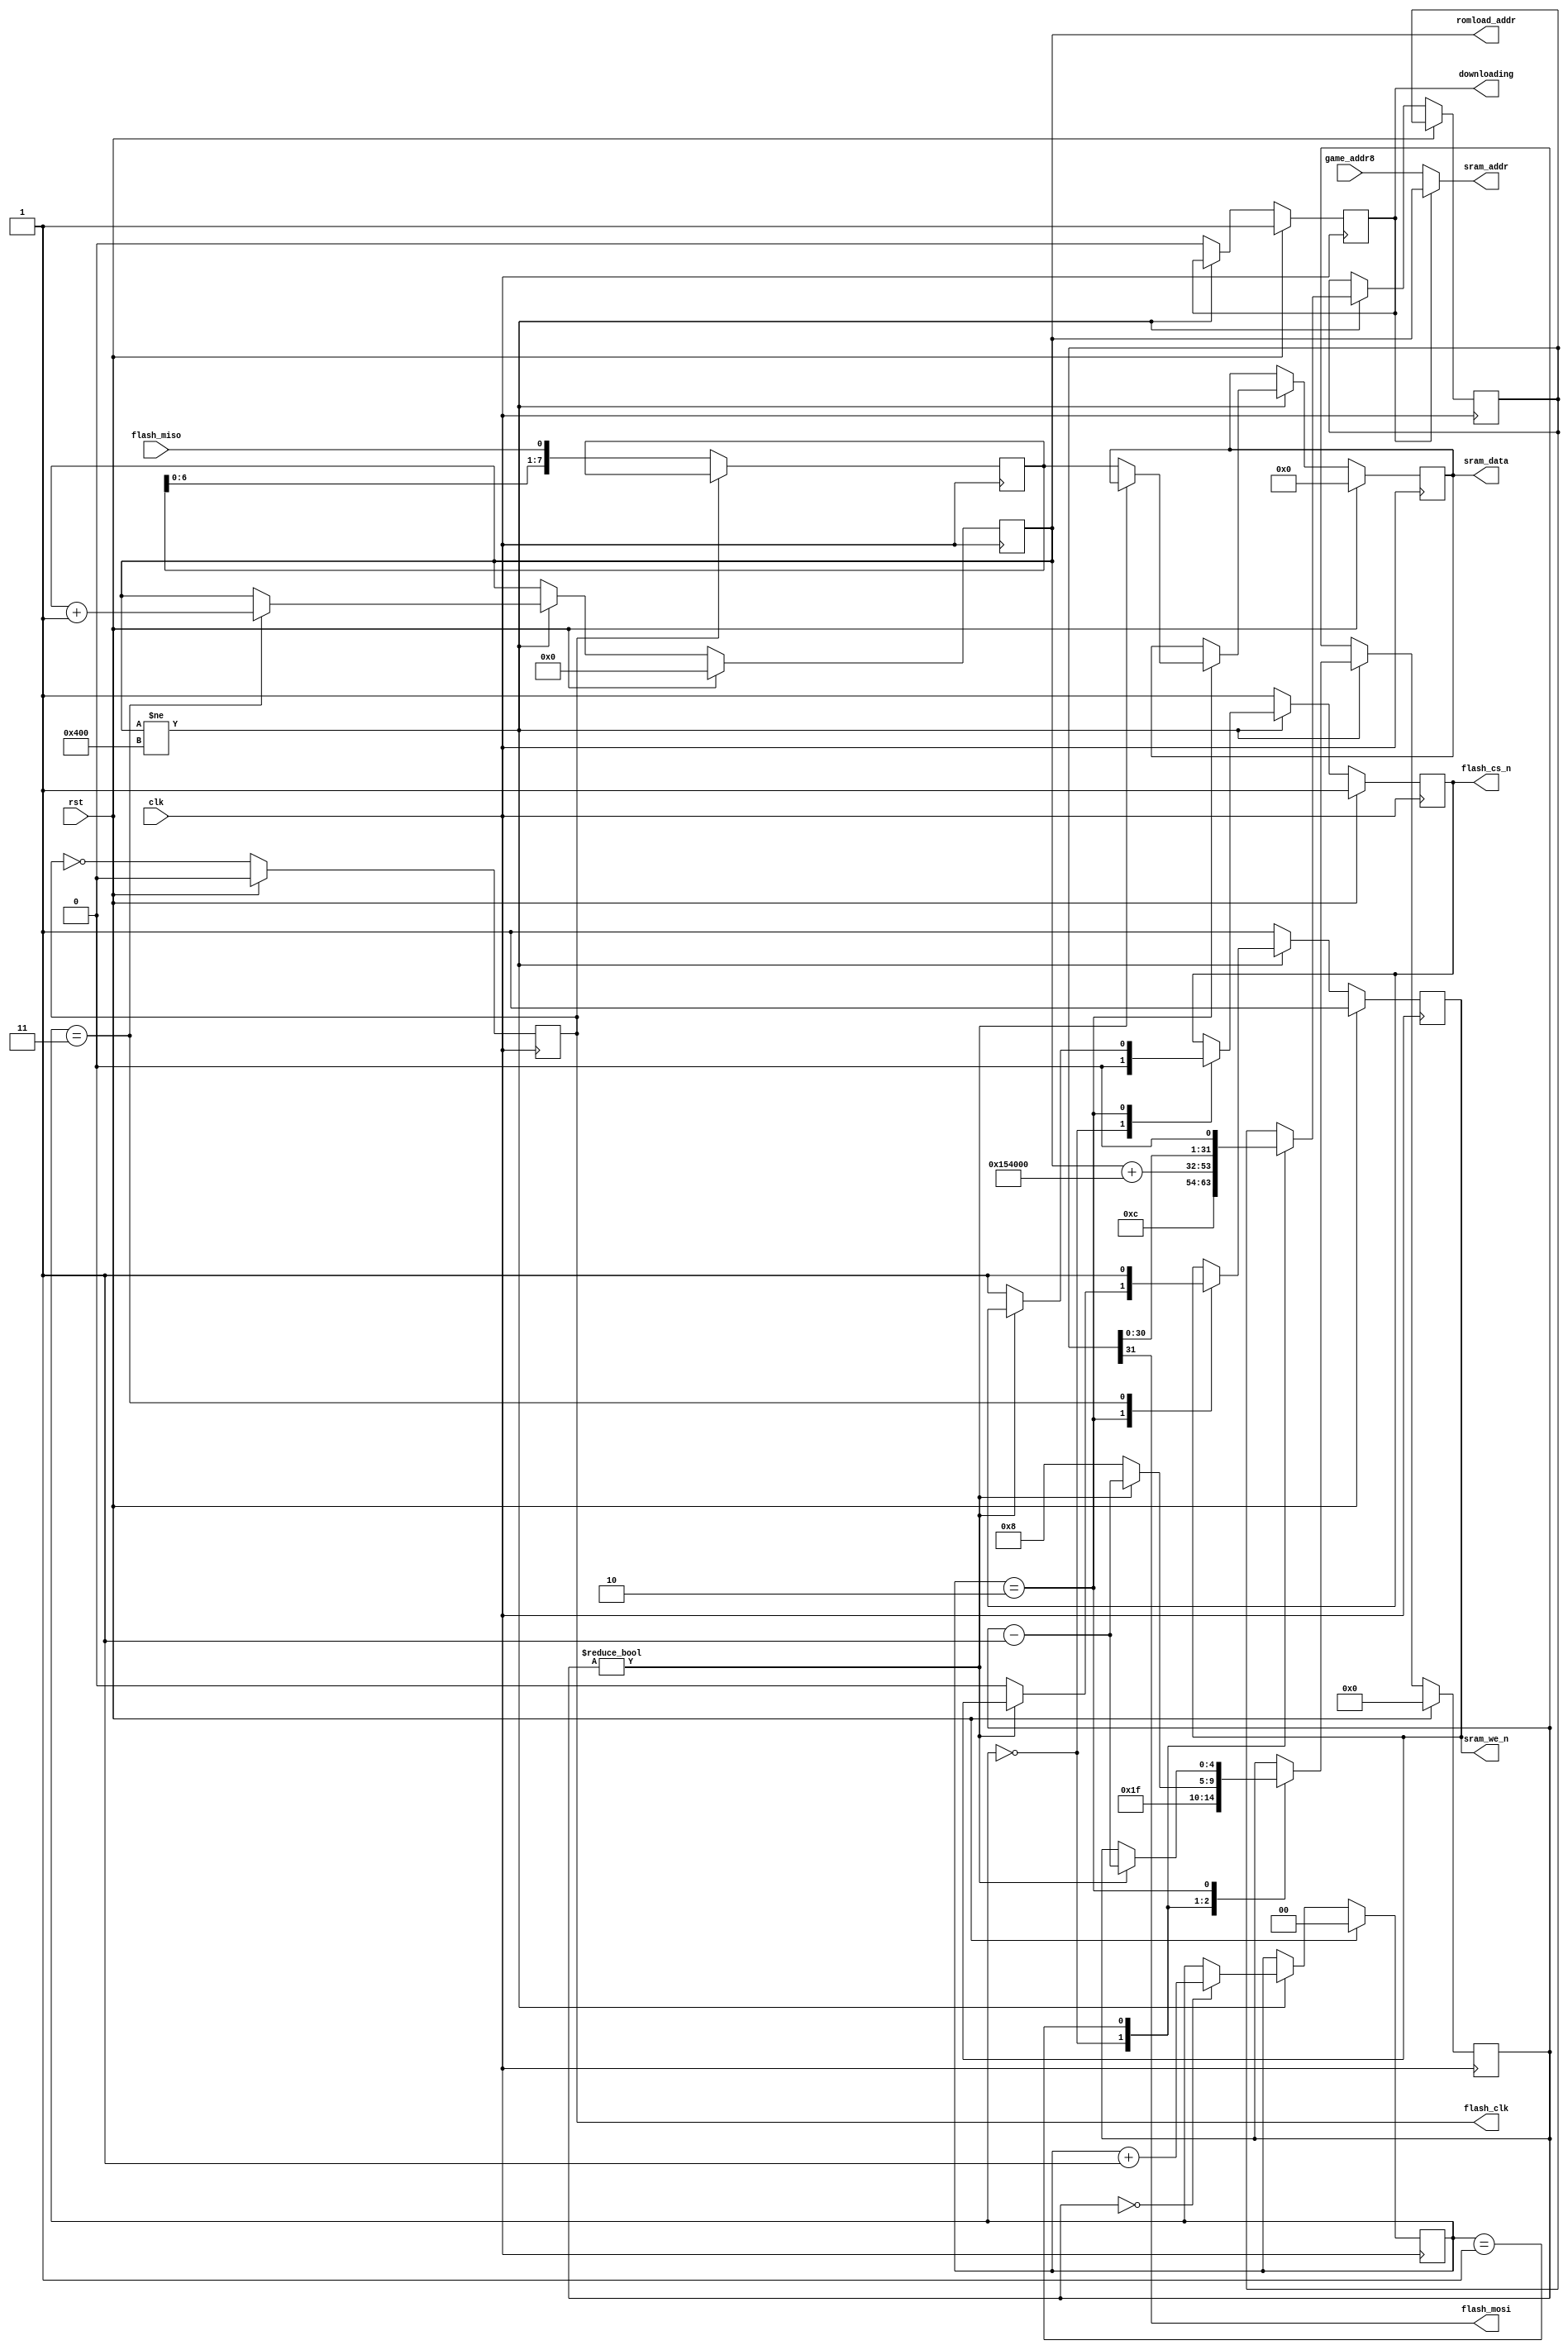
module jtgng_zxuno_prog(
    input             rst,
    input             clk,
    // Flash
    input             flash_miso,
    output            flash_mosi,
    output            flash_clk,
    output reg        flash_cs_n,
    // SRAM
    output reg        sram_we_n,
    output reg [20:0] romload_addr,
    output     [20:0] sram_addr,
    output reg [ 7:0] sram_data,
    input      [20:0] game_addr8,
    //
    output reg        downloading
);

parameter flash_bank=24'h154_000; // bitstream 4
wire [23:0] flash_addr = { 3'd0, romload_addr } + flash_bank;

assign flash_mosi = flash_cmd[31];

assign sram_addr = downloading ? romload_addr : game_addr8;
reg [31:0] flash_cmd;
reg [ 7:0] flash_read;

always @(negedge clk)
    if(!flash_clk) flash_read <= { flash_read[6:0], flash_miso };

parameter TX_LEN = 1024;

reg [1:0] state;
reg [4:0] cnt;

always @(posedge clk)
if(rst) begin
    downloading <= 1'b1;
    romload_addr   <= 21'd0;
    flash_cs_n  <= 1'b1;
    flash_clk   <= 1'b0;
    sram_we_n   <= 1'b1;
    sram_data   <= 8'd0;
    state       <= 2'd0;
    cnt         <= 5'd0;
end else begin
    flash_clk <= ~flash_clk;
    if(romload_addr!=TX_LEN) begin
        if(cnt==5'd0) state <= state + 2'd1;
        case( state )
            2'd0: begin
                flash_cmd  <= { 8'h3, flash_addr };
                flash_cs_n <= 1'b0;
                cnt        <= 5'd31;
            end
            2'd1: begin // write command
                flash_cmd <= { flash_cmd[30:0], 1'b0 };
                cnt <= cnt!=5'd0 ? (cnt - 5'd1) : 5'd8;
            end
            2'd2: begin // wait data input
                if ( cnt!=5'd0 )
                    cnt<=cnt-5'd1;
                else begin
                    sram_data  <= flash_read;
                    sram_we_n  <= 1'b0;
                    flash_cs_n <= 1'b1;
                end
            end
            2'd3: begin
                sram_we_n <= 1'b1;
                romload_addr <= romload_addr + 21'd1;
            end
        endcase // state
    end else begin // done!
        sram_we_n   <= 1'b1;
        flash_cs_n  <= 1'b1;
        downloading <= 1'b0;
    end
end



endmodule